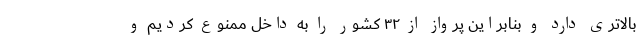
بالاتری دارد و بنابراین پرواز از ۳۲ کشور را به داخل ممنوع کردیم و